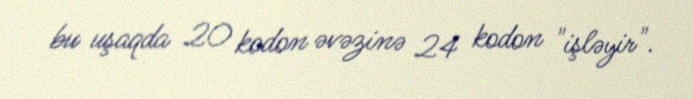
bu uşaqda 20 kodon əvəzinə 24 kodon "işləyir".